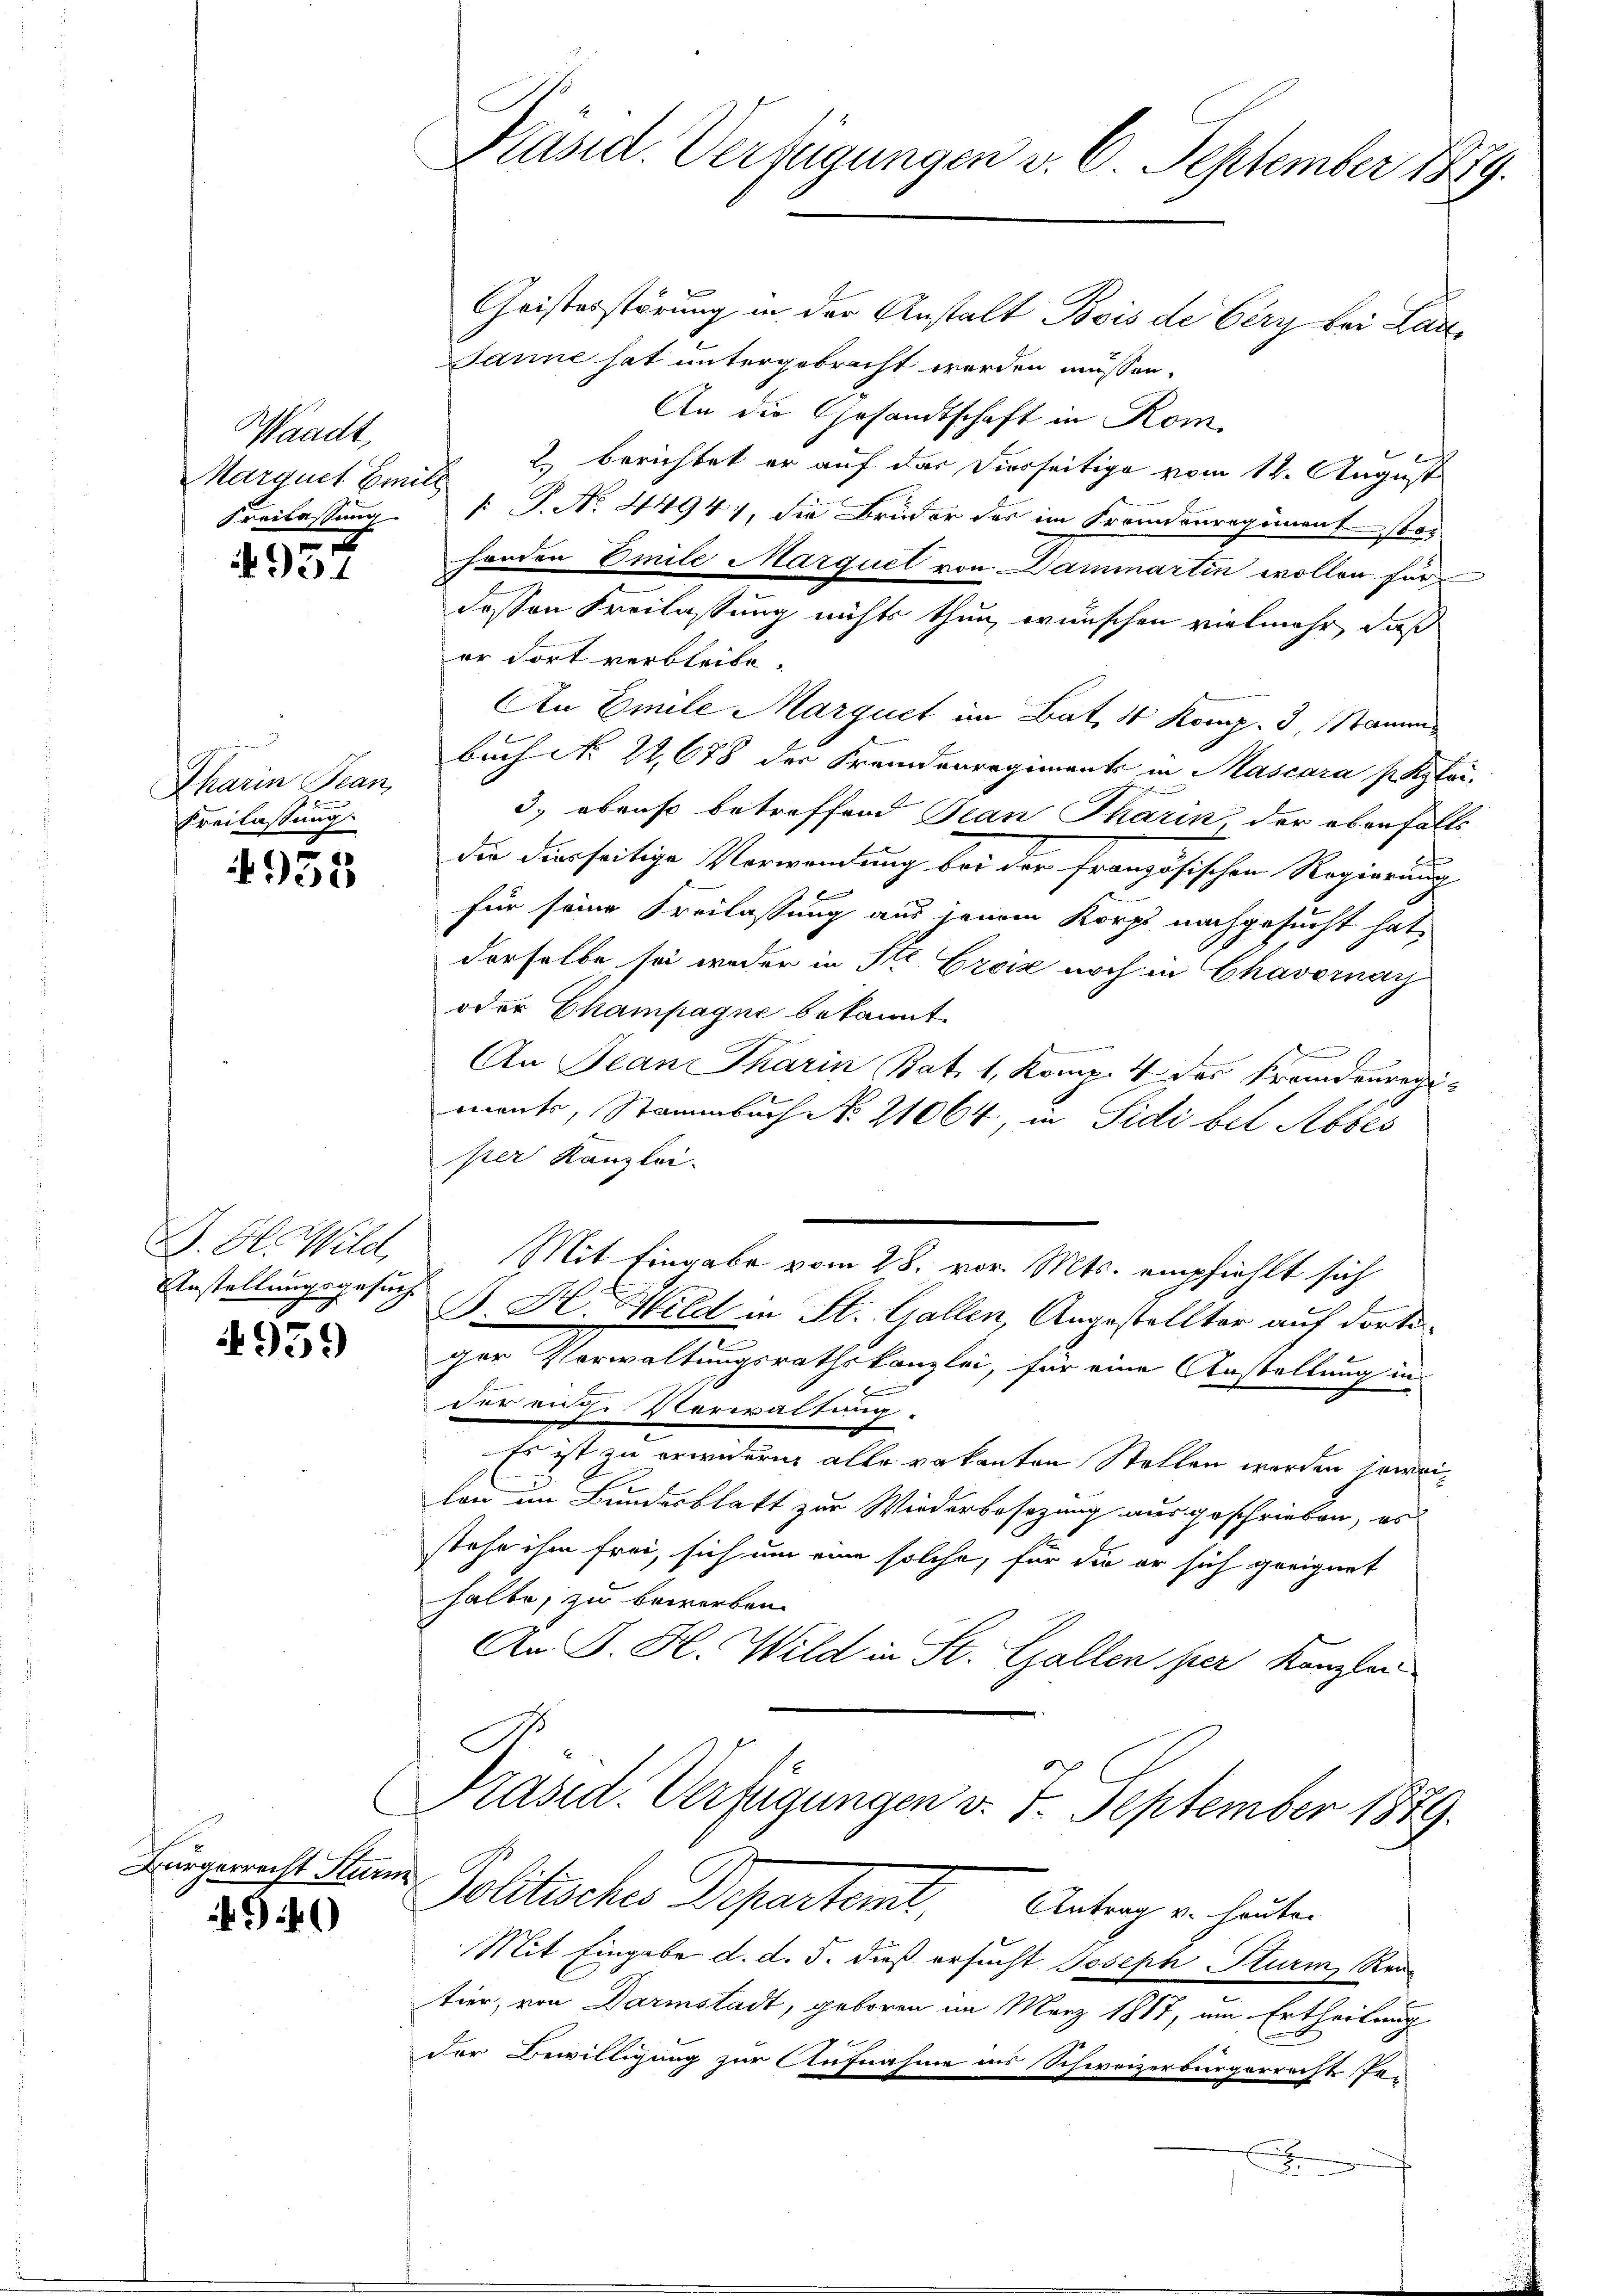
Waadt,
Marquet Emill

I
34

m
Charin Tean,
.
Kreilassung

955

D. G. Wild,
Anstellungsgesuch
d

4959

Bürgerrecht Stu-
940

C

Präsid. Verfügungen v. 6. September 1889.
Geisterstörung in der Anstalt Bois de Cery bei Lau
Janne hat untergebracht werden müssen.

An die Gesandtschaft in Kom
2.) berichtet er auf das Vierseitige vom 12. August
Freilassung       P. No. 4494), die Brüder des im Fremdenregimentsto-
handen Emile Marquel von Dammartin wollen für
dessen Freilassung nichts thun, wünschen vielmehr, daß
or fort verbleibe.
An Emile Marquet im Bat, 4 Komp. 3, Stammbuch No 22,678 der Fremdenregiments in Mascara s. Klei
3.) ebenso betreffend Jean Pharin, der obenfalls
die dierseitige Verwendung bei der französischen Regierung
für seine Freilassung aus jenem Korps nachgesucht hat,
derselbe sei weder in Str. Croix noch in Chavernay
oder Champagne bekannt
An Jean Pharin Bat. 1, Komp. 4 des Fremdenregi
mente, Stammbach No. 21064, in Sidi bel Abbes
per Kanzlei-
Mit Eingabe vom 28. vor. Mts. empfiehlt sich
J. H. Hild in St. Gallen, Angestellter auf dorti¬
7
ger Verwaltungsrathskanzlei, für eine Anstellung in
der auf Verwaltung.
Es ist zu erwidern alle vakanton Stellen werden jeweilon im Bundesblatt zur Wiederbesezung ausgeschrieben, es
stehe ihm frei, sich um eine solche, für die er sich geeignet
halte, zu beworben.
An J. H. Wild in St. Gallen per Kanzlei

Präsid. Verfügungen v. 7. September 1889.
u
Politische Departamt, Antrag in heuten

Mit Eingabe d. d. 5. dieß ersucht Joseph Sturm, Rentier, von Darmstadt, geboren im März 1887, um Ertheilung
der Bewilligung zur Aufnahme ins Schweizerbürgerrechte Pe-
n